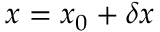
x = x _ { 0 } + \delta x